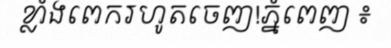
ខ្លាំងពេករហូតចេញ!ភ្នំពេញ ៖